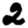
Digit: 2